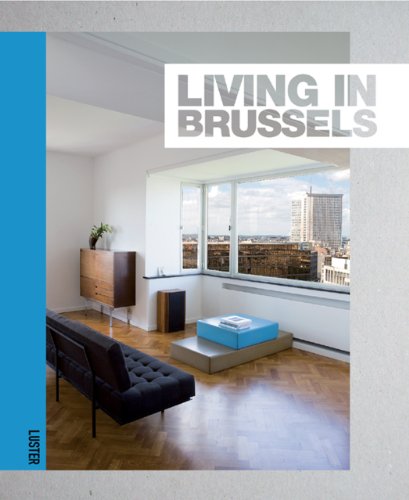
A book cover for Living in Brussels; Muriel Verbist; Travel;